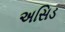
અસિડ